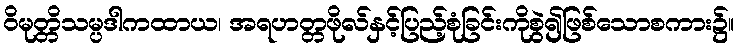
ဝိမုတ္တိသမ္ပဒါကထာယ၊ အရဟတ္တဖိုလ်နှင့်ပြည့်စုံခြင်းကိုစွဲ၍ဖြစ်သောစကား၌။